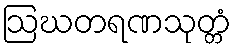
ဩဃတရဏသုတ္တံ